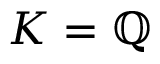
K = \mathbb { Q }